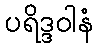
ပရိဒ္ဒဝါနံ